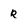
Character: r